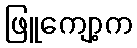
ဖြူကျော့က